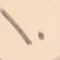
١٠